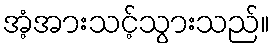
အံ့အားသင့်သွားသည်။